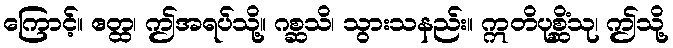
ကြောင့်။ ဧတ္ထ၊ ဤအရပ်သို့။ ဂစ္ဆသိ၊ သွားသနည်း။ ဣတိပုစ္ဆိံသု၊ ဤသို့